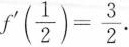
$$f ^ { \prime } ( \frac { 1 } { 2 } ) = \frac { 3 } { 2 }$$ .